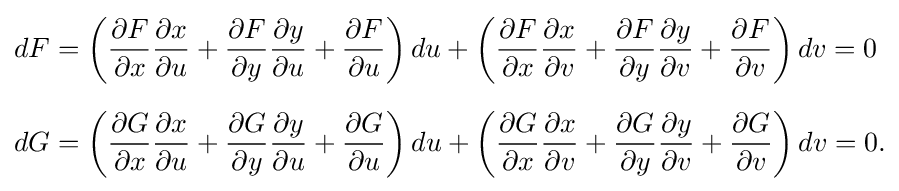
{\begin{aligned}dF&=\left({\frac {\partial F}{\partial x}}{\frac {\partial x}{\partial u}}+{\frac {\partial F}{\partial y}}{\frac {\partial y}{\partial u}}+{\frac {\partial F}{\partial u}}\right)du+\left({\frac {\partial F}{\partial x}}{\frac {\partial x}{\partial v}}+{\frac {\partial F}{\partial y}}{\frac {\partial y}{\partial v}}+{\frac {\partial F}{\partial v}}\right)dv=0\\[6pt]dG&=\left({\frac {\partial G}{\partial x}}{\frac {\partial x}{\partial u}}+{\frac {\partial G}{\partial y}}{\frac {\partial y}{\partial u}}+{\frac {\partial G}{\partial u}}\right)du+\left({\frac {\partial G}{\partial x}}{\frac {\partial x}{\partial v}}+{\frac {\partial G}{\partial y}}{\frac {\partial y}{\partial v}}+{\frac {\partial G}{\partial v}}\right)dv=0.\end{aligned}}